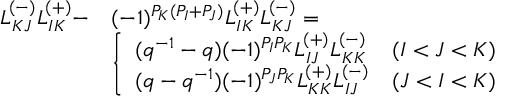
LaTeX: \begin{array} { l l } { { L _ { K J } ^ { ( - ) } L _ { I K } ^ { ( + ) } - } } & { { ( - 1 ) ^ { P _ { K } ( P _ { I } + P _ { J } ) } L _ { I K } ^ { ( + ) } L _ { K J } ^ { ( - ) } = } } \\ { { } } & { { \left\{ \begin{array} { l l } { { ( q ^ { - 1 } - q ) ( - 1 ) ^ { P _ { I } P _ { K } } L _ { I J } ^ { ( + ) } L _ { K K } ^ { ( - ) } } } & { { ( I < J < K ) } } \\ { { ( q - q ^ { - 1 } ) ( - 1 ) ^ { P _ { J } P _ { K } } L _ { K K } ^ { ( + ) } L _ { I J } ^ { ( - ) } } } & { { ( J < I < K ) } } \end{array} \right. } } \end{array}